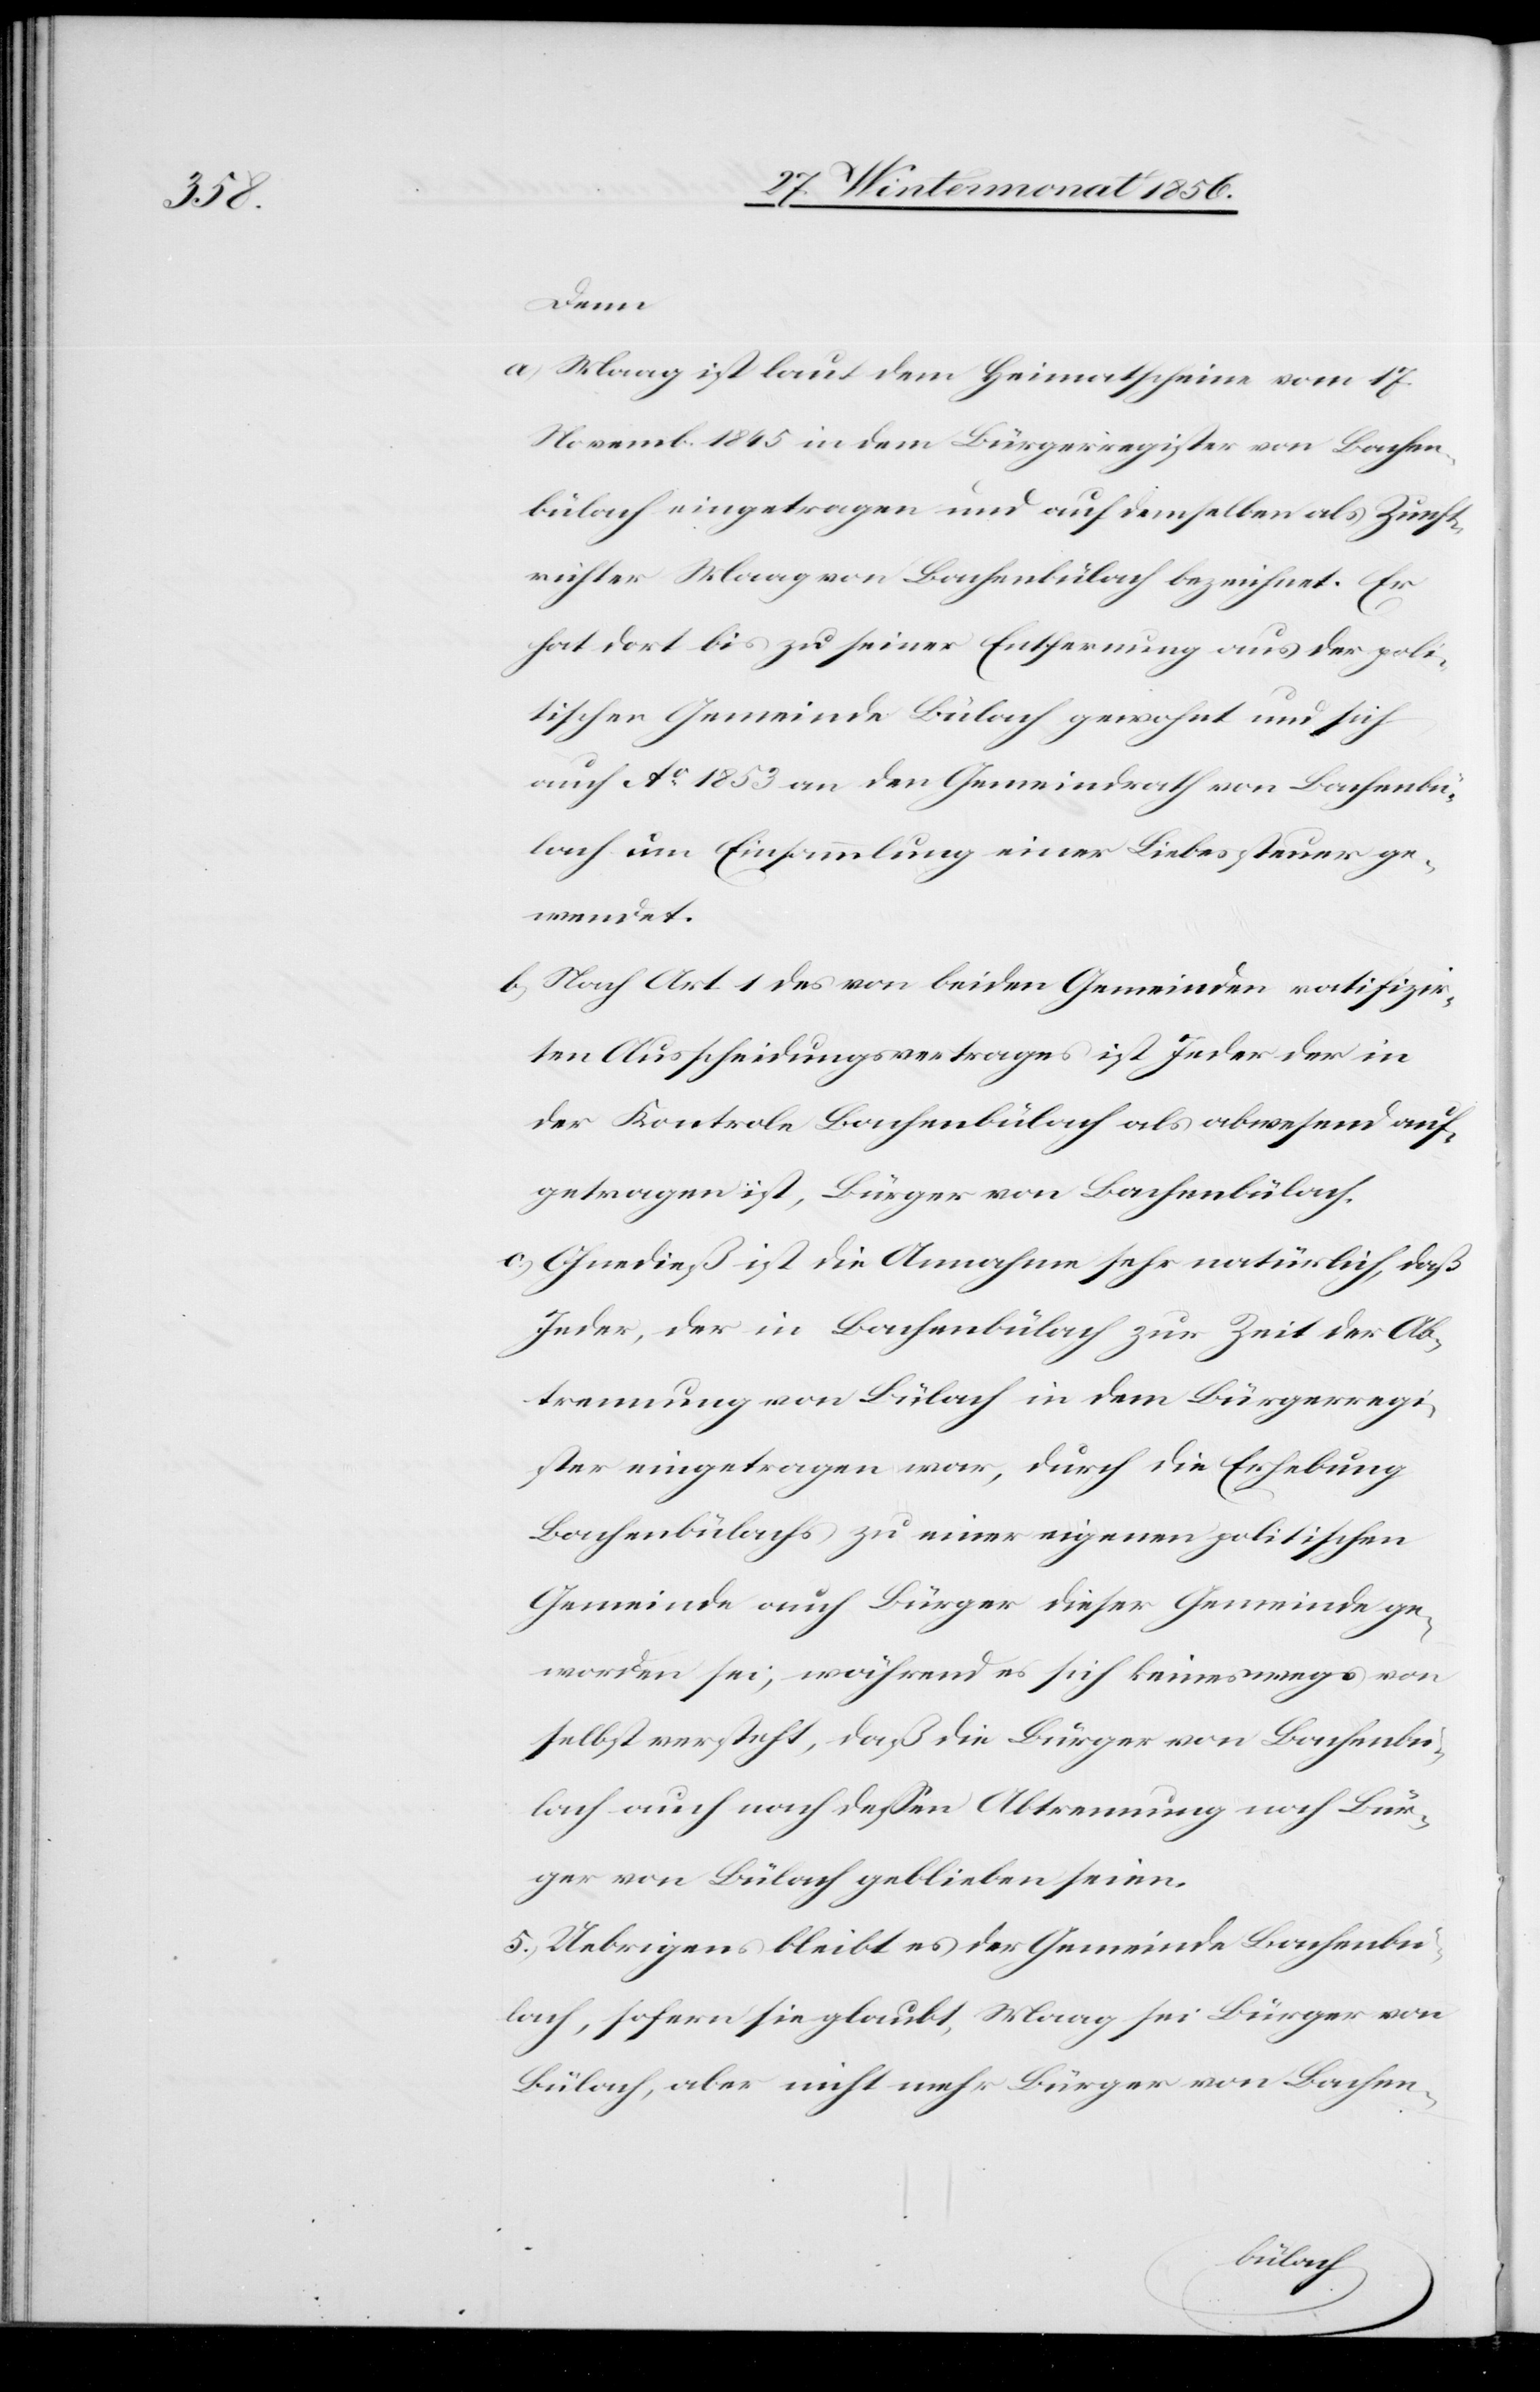
Denn
a) Maag ist laut dem Heimatscheine vom 17.
Novemb. 1845 in dem Bürgerregister von Bachen¬
bülach eingetragen und auf demselben als Zunft¬
richter Maag von Bachenbülach bezeichnet. Er
hat dort bis zu seiner Entfernung aus der poli¬
tischen Gemeinde Bülach gewohnt und sich
auch Ao 1853 an den Gemeindrath von Bachenbü¬
lach um Einsammlung einer Liebessteuer ge¬
wendet.
b) Nach Art. 1 des von beiden Gemeinden ratifizir¬
ten Ausscheidungsvertrages ist Jeder der in
der Kontrole Bachenbülach als abwesend auf¬
getragen ist, Bürger von Bachenbülach.
c) Ohnedieß ist die Annahme sehr natürlich, daß
Jeder, der in Bachenbülach zur Zeit der Ab¬
trennung von Bülach in dem Bürgerregi¬
ster eingetragen war, durch die Erhebung
Bachenbülachs zu einer eigenen politischen
Gemeinde auch Bürger dieser Gemeinde ge¬
worden sei, während es sich keineswegs von
selbst versteht, daß die Bürger von Bachenbü¬
lach auch nach dessen Abtrennung noch Bür¬
ger von Bülach geblieben seien.
5.) Uebrigens bleibt es der Gemeinde Bachenbü¬
lach, sofern sie glaubt, Maag sei Bürger von
Bülach, aber nicht mehr Bürger von Bachen-